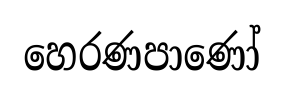
හෙරණපාණෝ